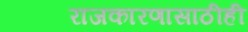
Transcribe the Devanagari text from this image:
राजकारणासाठीही